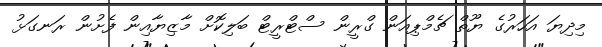
މިދިޔަ އަހަރުގެ ޔޫތް ޗެމްޕިއަން ގްރީން ސްޓްރީޓް ބަލިކޮށް މާޒިޔާއިން ފެށުން ރަނގަޅު